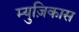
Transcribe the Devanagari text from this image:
म्युज़िकास